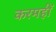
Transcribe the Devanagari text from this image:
करमहीं